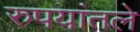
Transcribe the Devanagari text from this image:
रुपयांतले